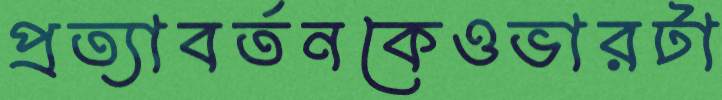
প্রত্যাবর্তনকেওভারটা